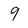
Character: 9